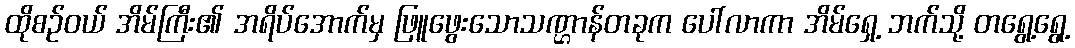
ထိုစဉ်ဝယ် အိမ်ကြီး၏ အရိပ်အောက်မှ ဖြူဖွေးသောသဏ္ဌာန်တခုက ပေါ်လာကာ အိမ်ရှေ့ ဘက်သို့ တရွေ့ရွေ့